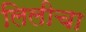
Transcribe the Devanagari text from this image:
लिलीचा